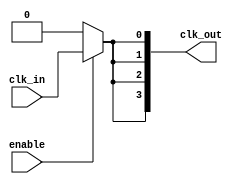
module ClockTreeBuffer (
    input wire clk_in,          // Clock input
    input wire enable,          // Enable signal to control clock distribution
    output wire [3:0] clk_out   // Array of clock outputs
);

// Internal signals
wire clk_gated;
wire clk_buf [3:0];

// Clock Gating Logic
assign clk_gated = enable ? clk_in : 1'b0;

// Buffer stages
genvar i;
generate
    for (i = 0; i < 4; i = i + 1) begin : buffer_stage
        // Buffering: Each buffer amplifies the clock signal
        // You can replace the below code with a specific buffer implementation
        assign clk_buf[i] = clk_gated; // Simple direct assignment for instance
    end
endgenerate

// Output Stage
assign clk_out[0] = clk_buf[0];
assign clk_out[1] = clk_buf[1];
assign clk_out[2] = clk_buf[2];
assign clk_out[3] = clk_buf[3];

// For real designs, consider adding more sophisticated buffer elements,
// such as those provided by synthesis tools or specific technology libraries.

endmodule